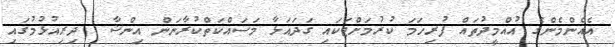
އެއެންމެންގެ އުއްމީދުތައް ފުރިހަމަ ކުރުމަށްޓަކައި ގަދައަޅާ މަސައްކަތްކުރާނަން އިންޝާ  ދިިރިއުޅުމުގައި